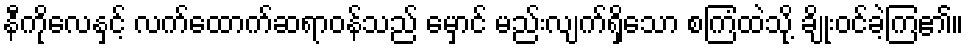
နီကိုလေနှင့် လက်ထောက်ဆရာဝန်သည် မှောင် မည်းလျက်ရှိသော စကြံထဲသို့ ချိုးဝင်ခဲ့ကြ၏။